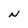
Character: N